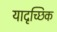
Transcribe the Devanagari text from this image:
यादृच्‍छिक